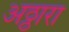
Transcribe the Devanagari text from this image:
अठ्ठारा